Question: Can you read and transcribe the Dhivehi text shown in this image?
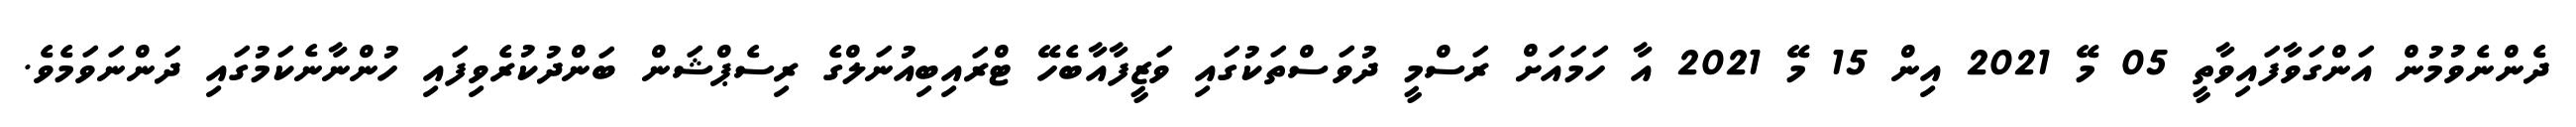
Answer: ދެންނެވުމުން އަންގަވާފައިވާތީ 05 މޭ 2021 އިން 15 މޭ 2021 އާ ހަމައަށް ރަސްމީ ދުވަސްތަކުގައި ވަޒީފާއާބެހޭ ޓްރައިބިއުނަލްގެ ރިސެޕްޝަން ބަންދުކުރެވިފައި ހުންނާނެކަމުގައި ދަންނަވަމެވެ.